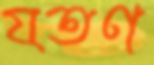
যতণ